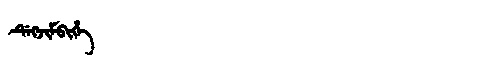
Manchu: ᡩᡝᡴᠵᡳᠮᠪᡳᡥᡝ
Romanization: DEKJIMBIHE